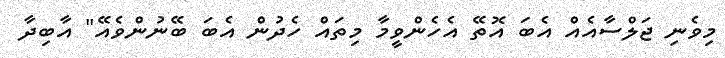
މިވެނި ޖަލްސާއެއް އެބަ އޮތޭ އެހެންވީމާ މިތައް ހެދުން އެބަ ބޭނުންވެއޭ" އާބިދާ